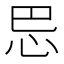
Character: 𰑈